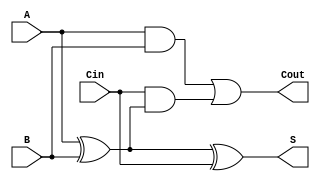
`timescale 1ns / 1ps
//////////////////////////////////////////////////////////////////////////////////
// Company: 
// Engineer: 
// 
// Design Name: 
// Module Name: Ser_ADD
// Project Name: 
// Target Devices: 
// Tool Versions: 
// Description: 
// 
// Dependencies: 
// 
// Revision:
// Revision 0.01 - File Created
// Additional Comments:
// 
//////////////////////////////////////////////////////////////////////////////////


//Assignment 2
//Problem 3
//Semseter 5
//Group No. 51
//Pritam Mallick (18CS10042)
//Smayan Das (18CS30011)

//Full Adder

module FA(Cout,S,A,B,Cin);

    input A,B,Cin;
    output Cout,S;
    wire T1,T2,T3;
    
    xor XOR_1(T1,A,B);
    xor XOR_2(S,T1,Cin);
    
    and AND_1(T2,A,B);
    and AND_2(T3,Cin,T1);
    or OR_1(Cout,T2,T3);

endmodule

// D Flip-Flop

module DFF(Q,D,clk,enable,reset);

    input D,clk,reset,enable;
    output Q;
    
    reg Q;
    
    always @(posedge clk or posedge reset)
    begin
        if(reset)
        begin
            Q = 1'b0;
        end
        else
        begin
        if(enable)
            Q = D;
        end
    end

endmodule

//Bit Serial Adder

module Ser_ADD(Cout,Sum,A,B,clk,reset);

    input [7:0] A;
    input [7:0] B;
    input clk,reset;
    output Cout;
    output [7:0] Sum;
    
    reg [7:0] Sum;
    reg [3:0] count;
    reg Cout,enable;
    wire cout,cin,sum;

    FA Adder_1(cout,sum,A[count],B[count],cin);
    DFF Flip_Flop_1(cin,cout,clk,enable,reset);
    
    always @(posedge clk or posedge reset)
    begin
        if(reset)
        begin
            enable = 1;
            count = 4'b0000;
            Sum = 8'b00000000;
        end
        else
        begin
            if( count > 4'b0111 )
                enable = 0;
            else
            begin
            if(enable) begin
                Cout = cout;
                count = count + 1;
                Sum = Sum >> 1;
                Sum[7] = sum;
            end
            end
        end
    end

endmodule